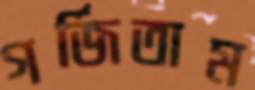
গর্জিতাম